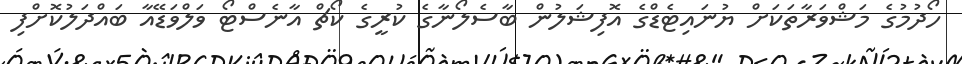
ހޯދުމުގެ މަޝްވަރާތަކަށް ޔުނައިޓެޑްގެ އޮފިޝަލުން ބާސެލޯނާގެ ކުރީގެ ކޯޗް އާނެސްޓޯ ވަލްވަޑޭއާ ބައްދަލުކޮށްފި